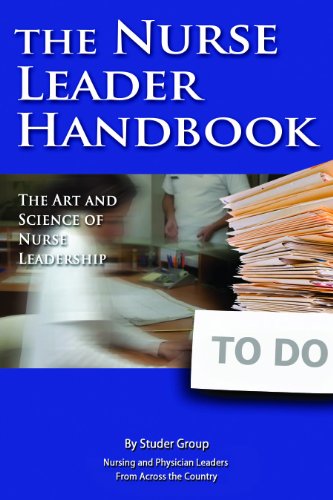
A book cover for The Nurse Leader Handbook: The Art and Science of Nurse Leadership; Studer Group; Medical Books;